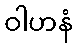
ဝါဟနံ